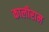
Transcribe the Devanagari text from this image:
कालीराम